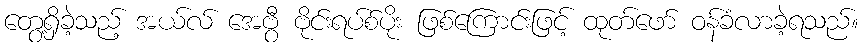
တွေ့ရှိခဲ့သည့် အယ်လ် အေဗွီ ဗိုင်းရပ်စ်ပိုး ဖြစ်ကြောင်းဖြင့် ထုတ်ဖော် ဝန်ခံလာခဲ့ရသည်။